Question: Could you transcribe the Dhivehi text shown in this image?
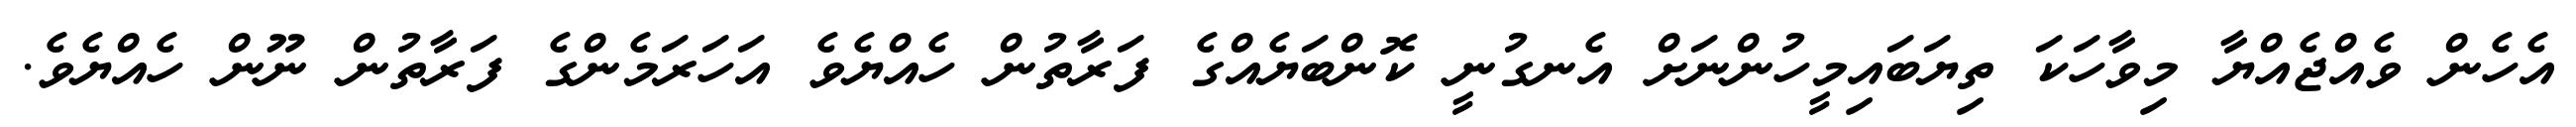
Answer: އެހެން ވެއްޖެއްޔާ މިވާހަކަ ތިޔަބައިމީހުންނަށް އެނގުނީ ކޮންބަޔެއްގެ ފަރާތުން ހެއްޔެވެ އަހަރަމެންގެ ފަރާތުން ނޫން ހެއްޔެވެ.